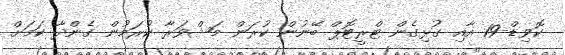
ކޮވިޑް-19 އާއި ގުޅިގެން ޓްރީޓޮޕް ބޭނުން ކުރަން މަޝްވަރާ ކުރަމުން ގެންދާ ކަމަށް